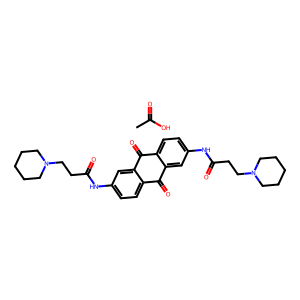
SMILES: CC(=O)O.O=C(CCN1CCCCC1)Nc1ccc2c(c1)C(=O)c1ccc(NC(=O)CCN3CCCCC3)cc1C2=O
Inhibits HIV replication: No